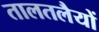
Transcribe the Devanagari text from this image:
तालतलैयों